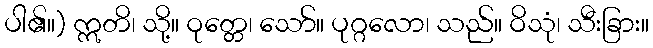
ပါ၏။) ဣတိ၊ သို့။ ဝုတ္တေ၊ သော်။ ပုဂ္ဂလော၊ သည်။ ဝိသုံ၊ သီးခြား။